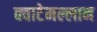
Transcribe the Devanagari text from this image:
क्वाटेमल्लान